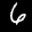
Label: 6